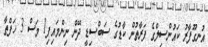
އުނގޫފާރު ކައުންސިލްގެ ފަރާތުން ކާޑުގެ ސަބްސިޑީ ދޭން ނިންމައިފި1 މަސް 3 ހަފްތާ